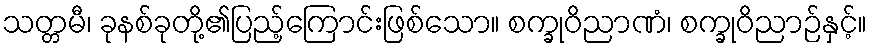
သတ္တမီ၊ ခုနစ်ခုတို့၏ပြည့်ကြောင်းဖြစ်သော။ စက္ခုဝိညာဏံ၊ စက္ခုဝိညာဉ်နှင့်။